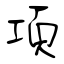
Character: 項